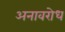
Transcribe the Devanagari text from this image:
अनावरोध